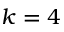
k = 4